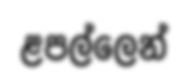
ළපල්ලෙන්